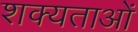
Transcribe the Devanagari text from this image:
शक्यताओं